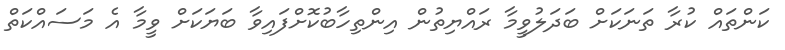
ކަންތައް ކުރާ ތަނަކަށް ބަދަލުވީމާ ރައްޔިތުން އިންތިހާބުކޮށްފައިވާ ބަޔަކަށް ވީމާ އެ މަސައްކަތް